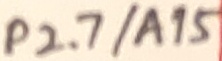
Text: P2.7/A15